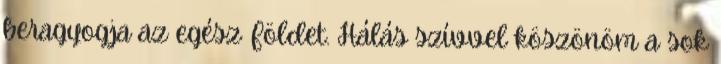
beragyogja az egész Földet. Hálás szívvel köszönöm a sok